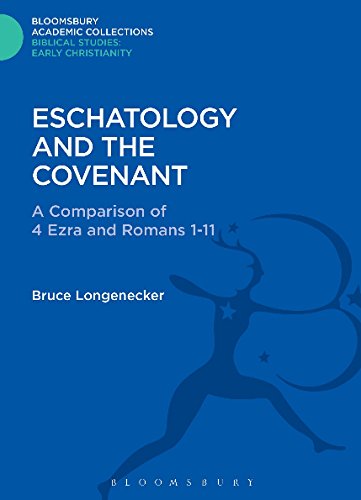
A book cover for Eschatology and the Covenant: A Comparison of 4 Ezra and Romans 1-11 (Journal for the Study of the New Testament Supplement); Bruce W. Longenecker; Christian Books & Bibles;